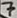
Text: 7